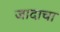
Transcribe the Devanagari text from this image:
जादाचा